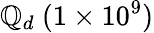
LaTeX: \mathbb{Q}_{d}~(1\times10^{9})